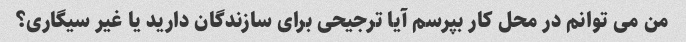
من می توانم در محل کار بپرسم آیا ترجیحی برای سازندگان دارید یا غیر سیگاری؟